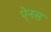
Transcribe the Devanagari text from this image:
ऐनस